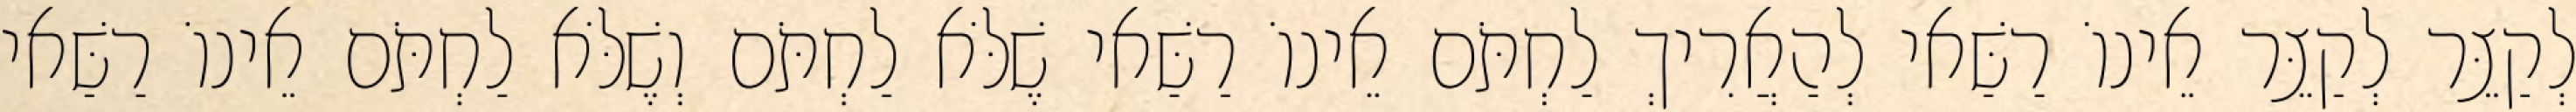
לְקַצֵּר לְקַצֵּר אֵינוֹ רַשַּׁאי לְהַאֲרִיךְ לַחְתֹּם אֵינוֹ רַשַּׁאי שֶׁלֹּא לַחְתֹּם וְשֶׁלֹּא לַחְתֹּם אֵינוֹ רַשַּׁאי